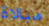
مبالاة